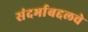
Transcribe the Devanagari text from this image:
संदर्भाबद्दलचे